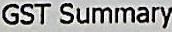
GST SUMMARY